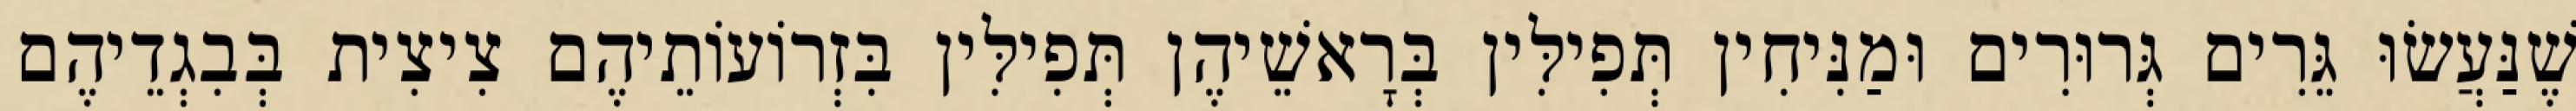
שֶׁנַּעֲשׂוּ גֵּרִים גְּרוּרִים וּמַנִּיחִין תְּפִילִּין בְּרָאשֵׁיהֶן תְּפִילִּין בִּזְרוֹעוֹתֵיהֶם צִיצִית בְּבִגְדֵיהֶם